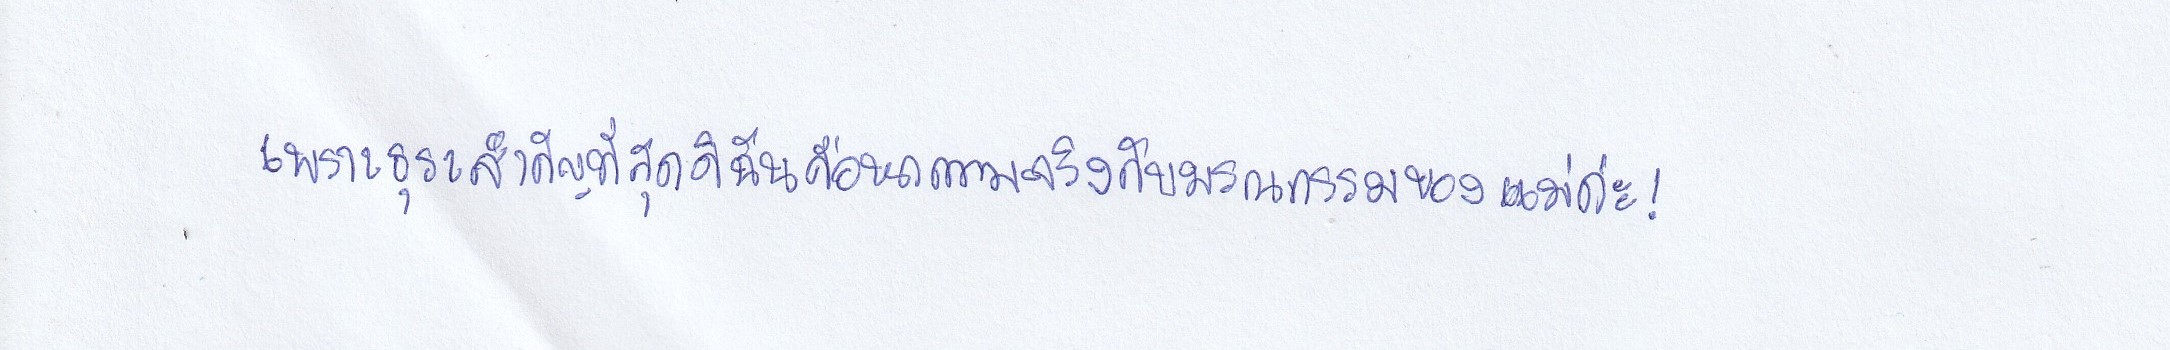
เพราะธุระสำคัญที่สุดดิฉันคือหาความจริงกับมรณกรรมของแม่ค่ะ!